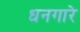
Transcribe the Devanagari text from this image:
धनगारे